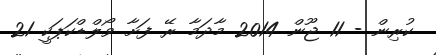
ކުރިން - 11 ޖޫން 2014 މާދަމާ ރޭ ފަށާ ވޯލްޑްކަޕަކީ 21